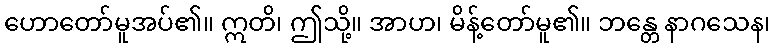
ဟောတော်မူအပ်၏။ ဣတိ၊ ဤသို့။ အာဟ၊ မိန့်တော်မူ၏။ ဘန္တေ နာဂသေန၊